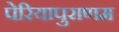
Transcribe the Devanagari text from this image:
पेरियापुराणम